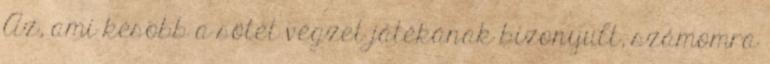
Az, ami késõbb a sötét végzet játékának bizonyult, számomra